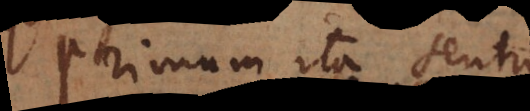
Primum ita sentio